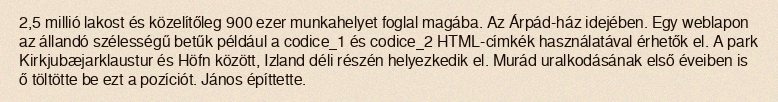
2,5 millió lakost és közelítőleg 900 ezer munkahelyet foglal magába. Az Árpád-ház idejében. Egy weblapon az állandó szélességű betűk például a codice_1 és codice_2 HTML-címkék használatával érhetők el. A park Kirkjubæjarklaustur és Höfn között, Izland déli részén helyezkedik el. Murád uralkodásának első éveiben is ő töltötte be ezt a pozíciót. János építtette.